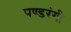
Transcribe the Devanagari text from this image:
पण्डरंगी